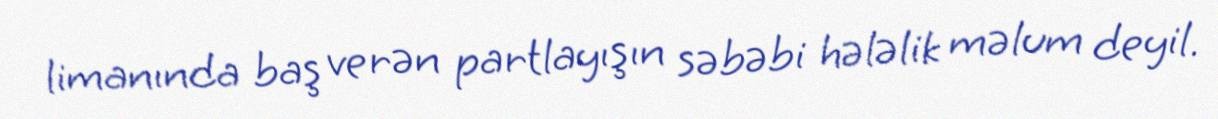
limanında baş verən partlayışın səbəbi hələlik məlum deyil.